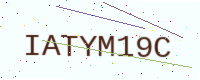
Text: IATYM19C